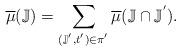
LaTeX: \begin{align*} &\overline{\mu}(\mathbb{J}) = \sum\limits_{(\mathbb{J}^{'},t^{'}) \in \pi^{'}}\overline{\mu}(\mathbb{J} \cap \mathbb{J}^{'}).\end{align*}